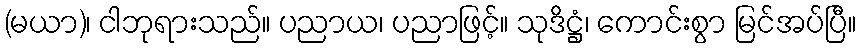
(မယာ)၊ ငါဘုရားသည်။ ပညာယ၊ ပညာဖြင့်။ သုဒိဋ္ဌံ၊ ကောင်းစွာ မြင်အပ်ပြီ။